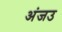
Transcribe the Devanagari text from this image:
अंजउ